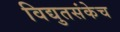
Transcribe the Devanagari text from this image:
विद्युतसंकेच